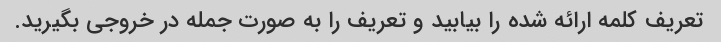
تعریف کلمه ارائه شده را بیابید و تعریف را به صورت جمله در خروجی بگیرید.